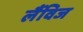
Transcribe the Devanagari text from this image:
लैंविज